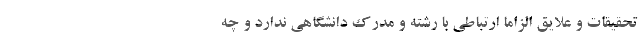
تحقیقات و علایق الزاماً ارتباطی با رشته و مدرک دانشگاهی ندارد و چه